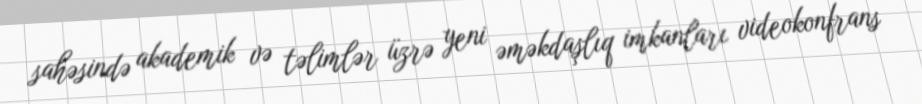
sahəsində akademik və təlimlər üzrə yeni əməkdaşlıq imkanları videokonfrans